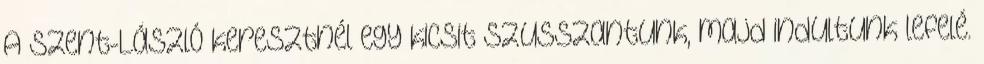
A Szent-László keresztnél egy kicsit szusszantunk, majd indultunk lefelé.